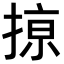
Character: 𢱊